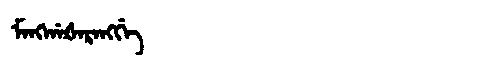
Manchu: ᠮᠠᠩᡤᠠᡧᠠᡵᠠᠩᡤᡝ
Romanization: MANGGAŠARANGGE